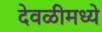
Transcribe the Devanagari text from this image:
देवळीमध्ये